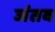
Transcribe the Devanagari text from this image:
जंतव